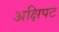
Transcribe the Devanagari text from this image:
अक्षिपट